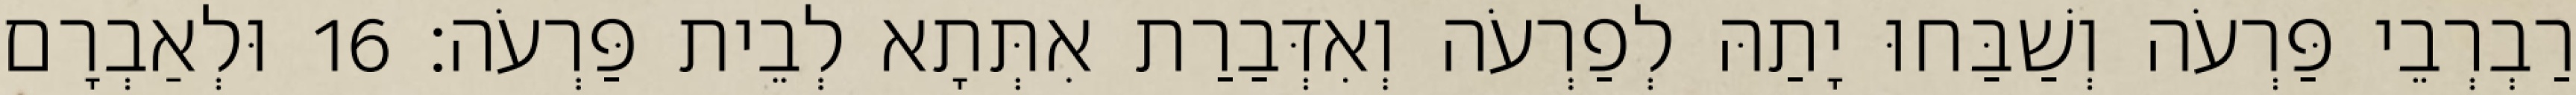
רַבְרְבֵי פַּרְעֹה וְשַׁבַּחוּ יָתַהּ לְפַרְעֹה וְאִדְּבַרַת אִתְּתָא לְבֵית פַּרְעֹה׃ 16 וּלְאַבְרָם